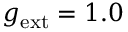
g _ { \mathrm { e x t } } = 1 . 0